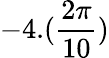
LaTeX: -4.(\frac{2\pi}{10})